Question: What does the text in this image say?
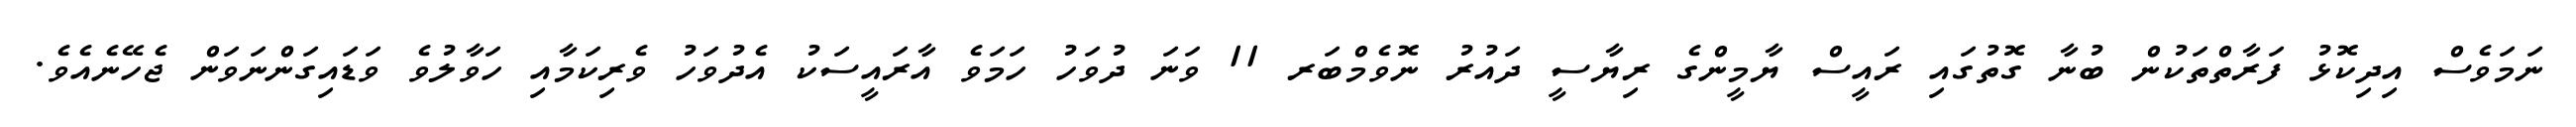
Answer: ނަމަވެސް އިދިކޮޅު ފަރާތްތަކުން ބުނާ ގޮތުގައި ރައީސް ޔާމީންގެ ރިޔާސީ ދައުރު ނޮވެމްބަރ 11 ވަނަ ދުވަހު ހަމަވެ އާރައީސަކު އެދުވަހު ވެރިކަމާއި ހަވާލުވެ ވަޑައިގަންނަވަން ޖެހޭނެއެވެ.